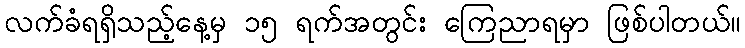
လက်ခံရရှိသည့်နေ့မှ ၁၅ ရက်အတွင်း ကြေညာရမှာ ဖြစ်ပါတယ်။